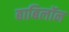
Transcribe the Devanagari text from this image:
बाबिलॉन